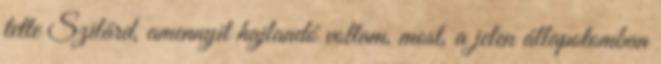
tette Szilárd, amennyit hajlandó voltam, most, a jelen állapotomban